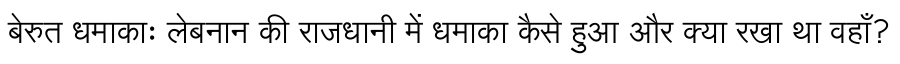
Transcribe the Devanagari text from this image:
बेरुत धमाकाः लेबनान की राजधानी में धमाका कैसे हुआ और क्या रखा था वहाँ?